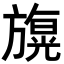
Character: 𣄙